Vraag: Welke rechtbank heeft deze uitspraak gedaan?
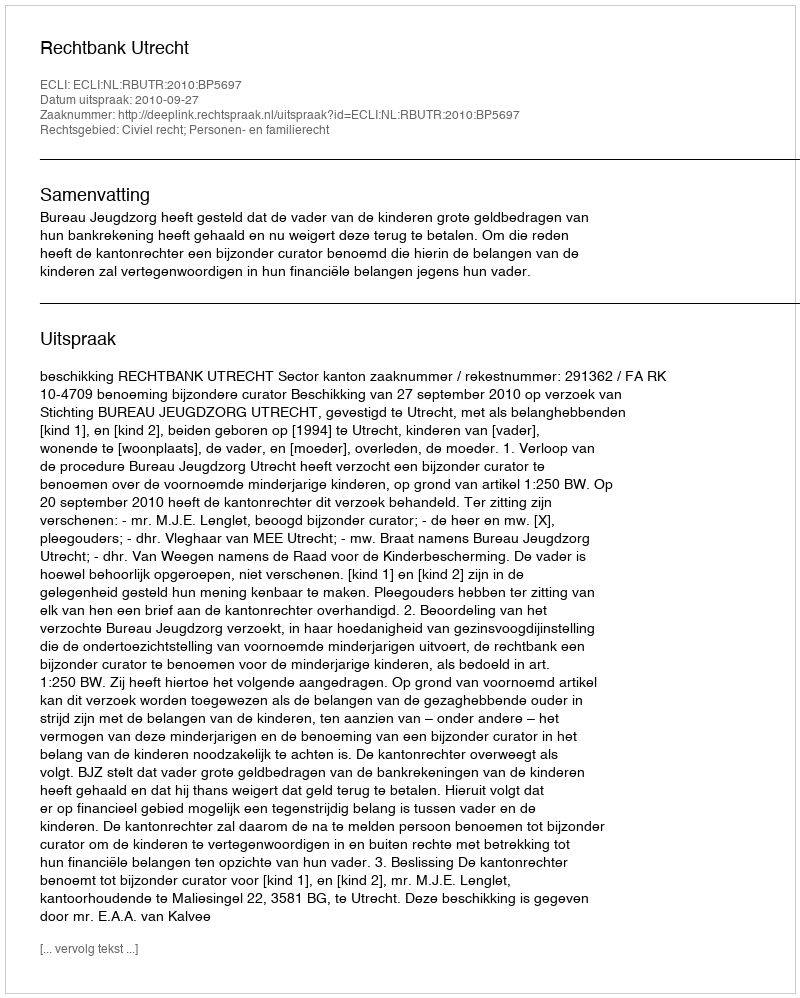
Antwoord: Rechtbank Utrecht